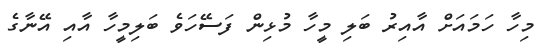
މިހާ ހަމައަށް އާއިރު ބަލި މީހާ މުޅިން ފަސޭހަވެ ބަލިމީހާ އާއި އޭނާގެ